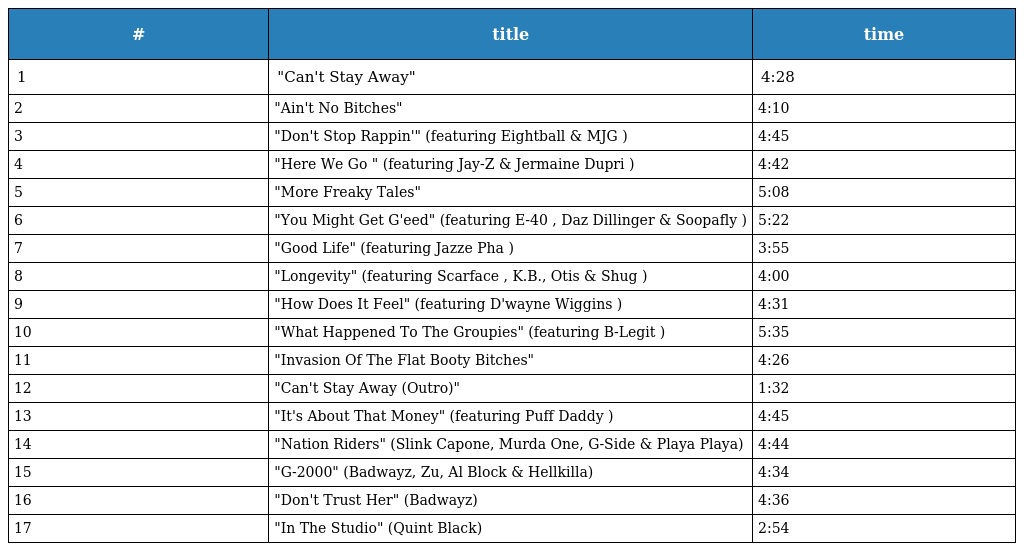
| # | title | time |
 | --- | --- | --- |
 | 1 | "Can't Stay Away" | 4:28 |
 | 2 | "Ain't No Bitches" | 4:10 |
 | 3 | "Don't Stop Rappin'" (featuring Eightball & MJG ) | 4:45 |
 | 4 | "Here We Go " (featuring Jay-Z & Jermaine Dupri ) | 4:42 |
 | 5 | "More Freaky Tales" | 5:08 |
 | 6 | "You Might Get G'eed" (featuring E-40 , Daz Dillinger & Soopafly ) | 5:22 |
 | 7 | "Good Life" (featuring Jazze Pha ) | 3:55 |
 | 8 | "Longevity" (featuring Scarface , K.B., Otis & Shug ) | 4:00 |
 | 9 | "How Does It Feel" (featuring D'wayne Wiggins ) | 4:31 |
 | 10 | "What Happened To The Groupies" (featuring B-Legit ) | 5:35 |
 | 11 | "Invasion Of The Flat Booty Bitches" | 4:26 |
 | 12 | "Can't Stay Away (Outro)" | 1:32 |
 | 13 | "It's About That Money" (featuring Puff Daddy ) | 4:45 |
 | 14 | "Nation Riders" (Slink Capone, Murda One, G-Side & Playa Playa) | 4:44 |
 | 15 | "G-2000" (Badwayz, Zu, Al Block & Hellkilla) | 4:34 |
 | 16 | "Don't Trust Her" (Badwayz) | 4:36 |
 | 17 | "In The Studio" (Quint Black) | 2:54 |